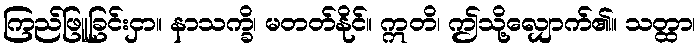
ကြည်ဖြူခြင်းငှာ။ နာသက္ခိ၊ မတတ်နိုင်။ ဣတိ၊ ဤသို့လျှောက်၏။ သတ္ထာ၊